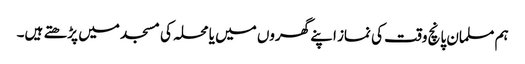
ہم مسلمان پانچ وقت کی نماز اپنے گھروں میں یا محلہ کی مسجد میں پڑھتے ہیں۔